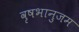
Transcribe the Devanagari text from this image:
वृषभानुजम